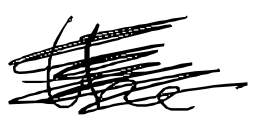
Text: the
Cross-out: scratch
Writing tool: digital_black